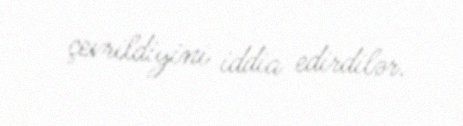
çevrildiyini iddia edirdilər.